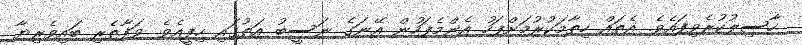
ހާސިލުކުރެވިފައެވެ. އެތައް ހިތާމަކުރުމަށްފަހު އެންމެފަހުން އޭނަގެ ނަސީބު އަތުގައި ހިފީއެވެ. ވަފާތެރި ބައިވެރިޔާ